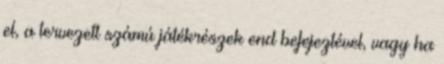
el, a tervezett számú játékrészek end befejeztével, vagy ha